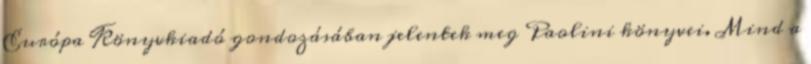
Európa Könyvkiadó gondozásában jelentek meg Paolini könyvei. Mind a